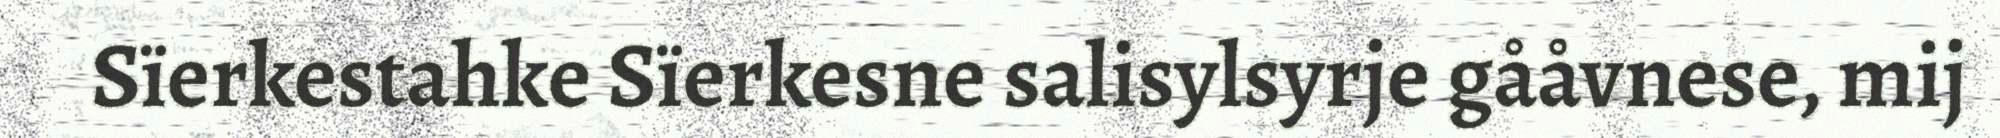
Sïerkestahke Sïerkesne salisylsyrje gååvnese, mij